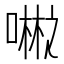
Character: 𪢇